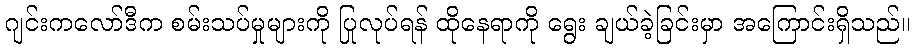
ဂျင်းကလော်ဒီက စမ်းသပ်မှုများကို ပြုလုပ်ရန် ထိုနေရာကို ရွေး ချယ်ခဲ့ခြင်းမှာ အကြောင်းရှိသည်။